Tartu_linnavalitsus, lk 28
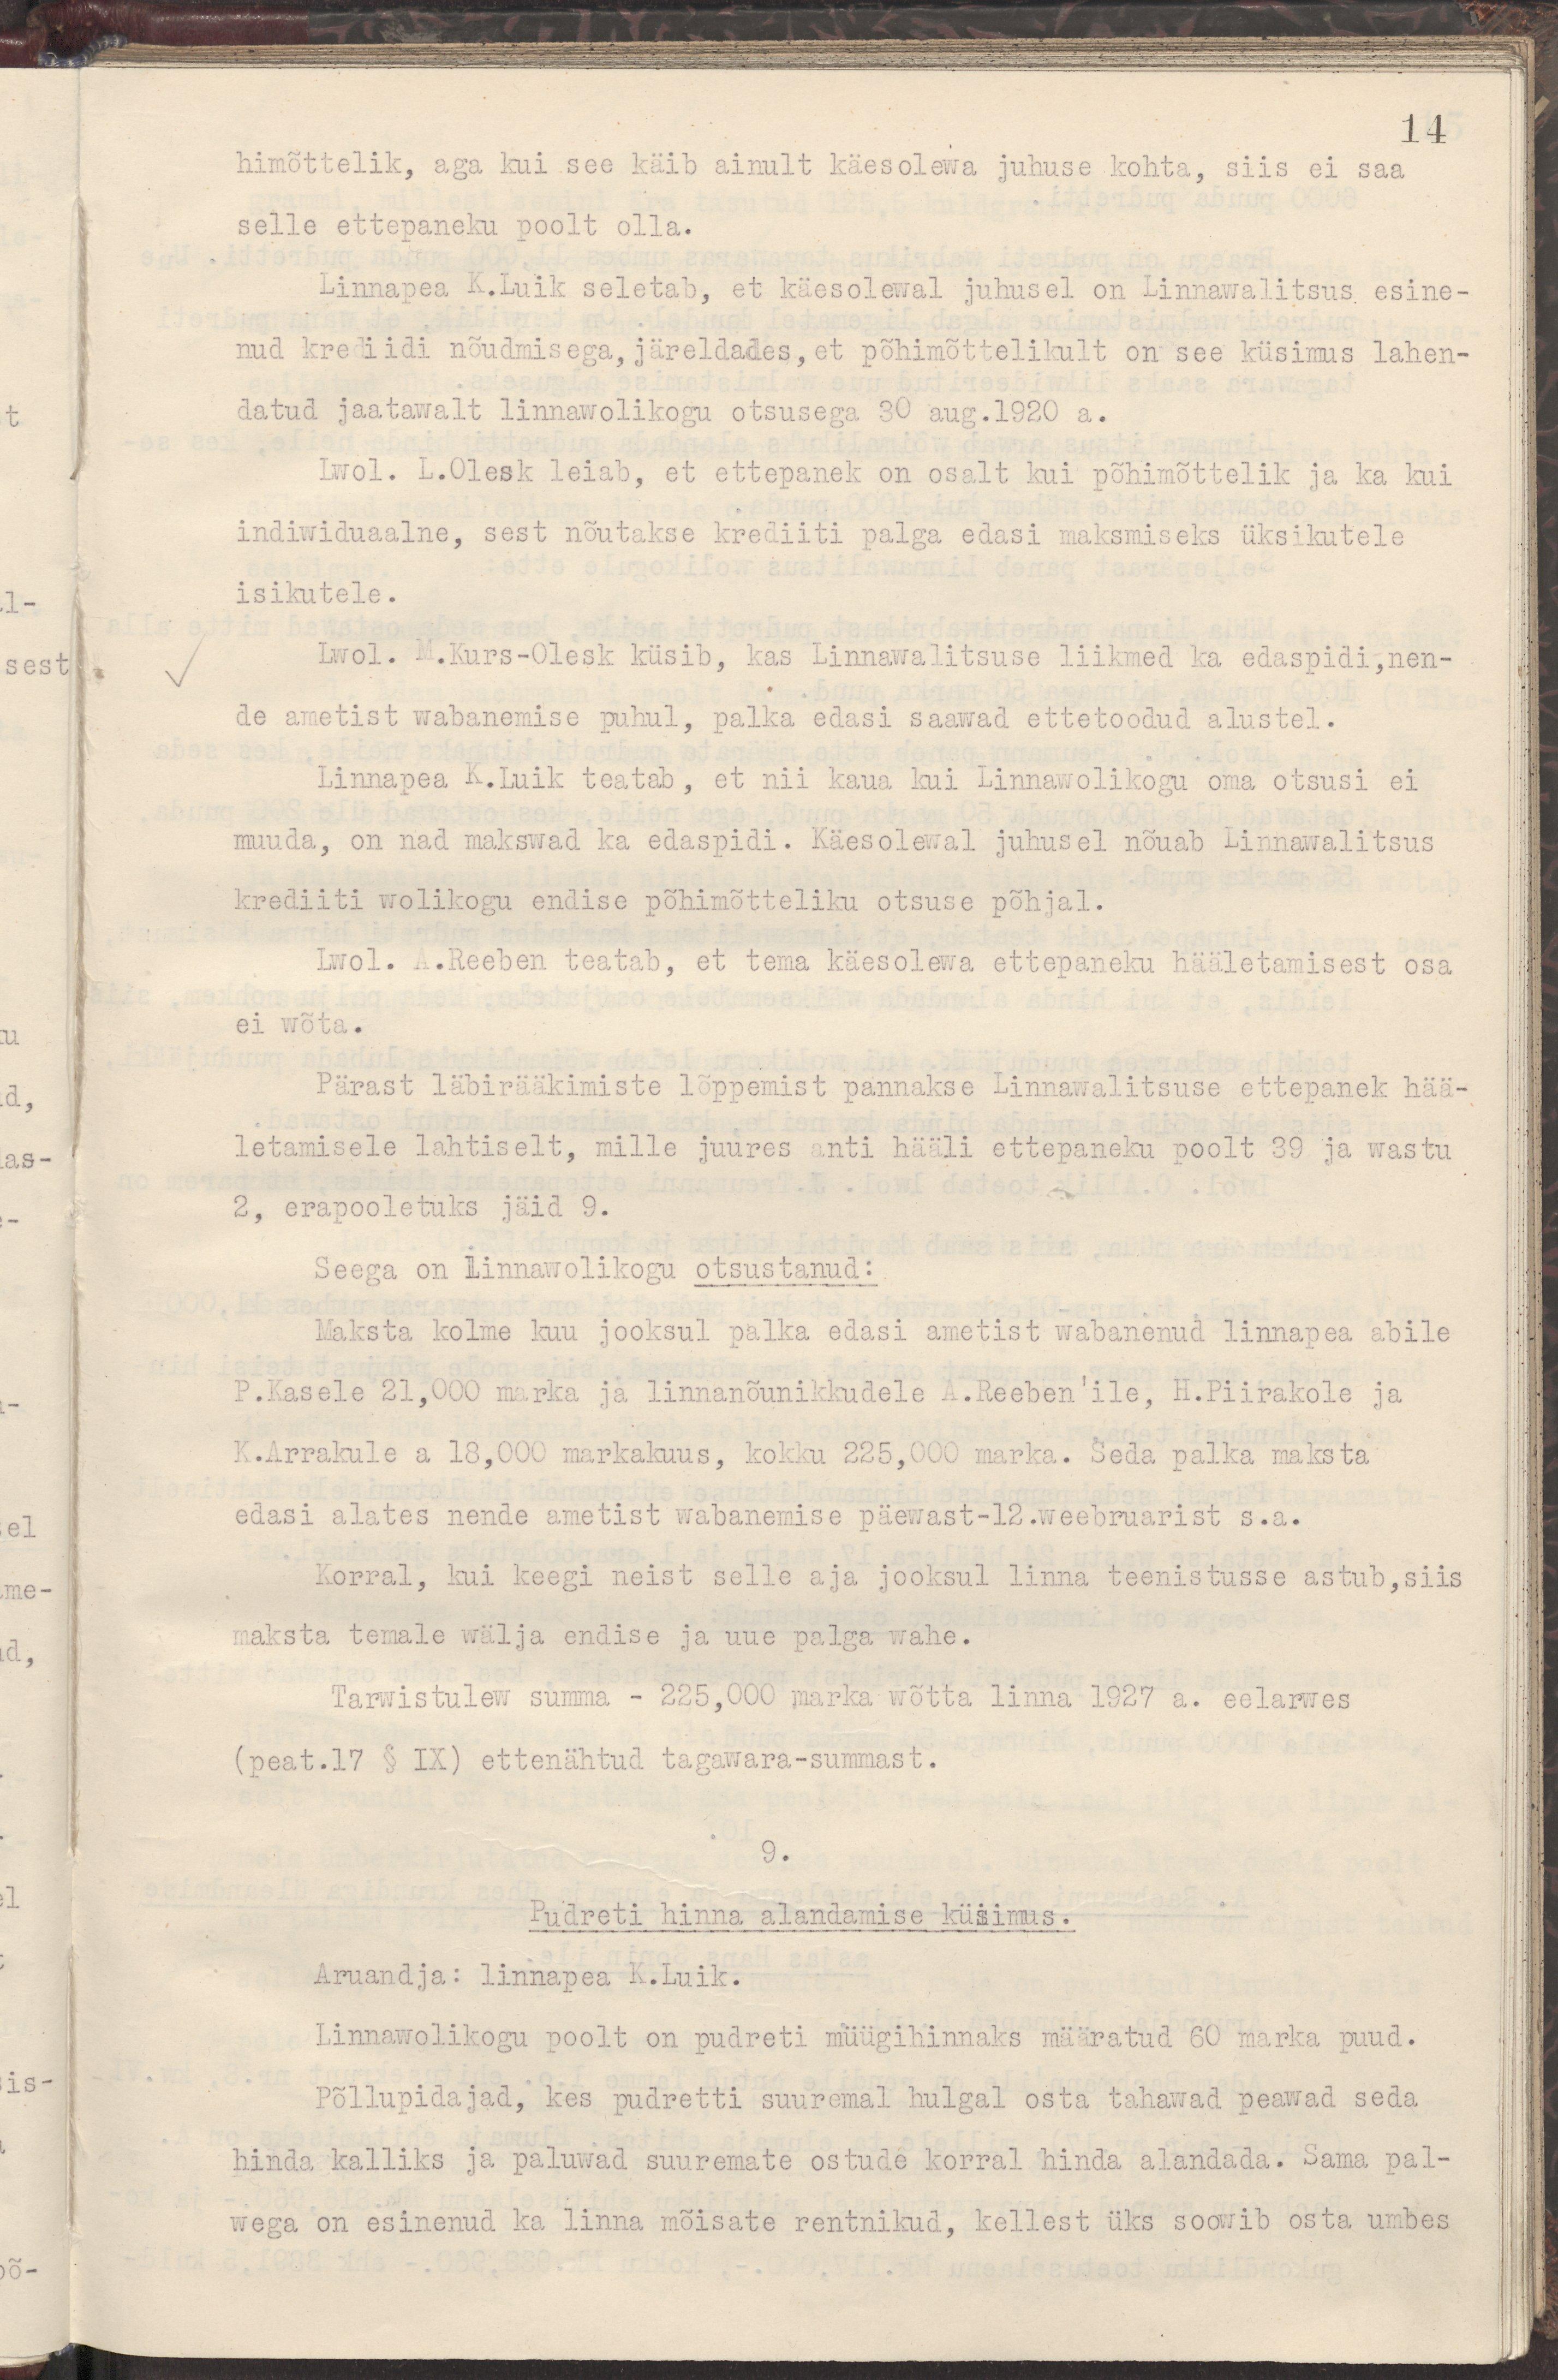
14
himõttelik, aga kui see käib ainult käesolewa juhuse kohta, siis ei saa
selle ettepaneku poolt olla.
Linnapea K.Luik seletab, et käesolewal juhusel on Linnawalitsus esine-
nud krediidi nõudmisega, järeldades, et põhimõttelikult on see küsimus lahen-
datud jaatawalt Linnawolikogu otsusega 30 aug.1920 a.
Lwol. L.Olesk leiab, et ettepanek on osalt kui põhimõttelik ja ka kui
indiwiduaalne, sest nõutakse krediiti palga edasi maksmiseks üksikutele
isikutele.
Lwol. M.Kurs-Olesk küsib, kas Linnawalitsuse liikmed ka edaspidi,nen-
de ametist wabanemise puhul, palka edasi saawad ettetoodud alustel.
Linnapea K.Luik teatab, et nii kaua kui Linnawolikogu oma otsusi ei
muuda, on nad makswad ka edaspidi. Käesolewal juhusel nõuab Linnawalitsus
krediiti wolikogu endise põhimõtteliku otsuse põhjal.
Lwol. A.Reeben teatab, et tema käesolewa ettepaneku hääletamisest osa
ei wõta.
Pärast läbirääkimiste lõppemist pannakse Linnawalitsuse ettepanek hää-
letamisele lahtiselt, mille juures anti hääli ettepaneku poolt 39 ja wastu
2, erapooletuks jäid 9.
Seega on Linnawolikogu otsustanud: 
Maksta kolme kuu jooksul palka edasi ametist wabanenud linnapea abile
P.Kasele 21,000 marka ja linnanõunikkudele A.Reeben'ile, H.Piirakole ja
K.Arrakule a 18,000 markakuus, kokku 225,000 marka. Seda palka maksta
edasi alates nende ametist wabanemise päewast-12.weebruarist s.a.
Korral, kui keegi neist selle aja jooksul linna teenistusse astub,siis
maksta temale wälja endise ja uue palga wahe.
Tarwistulew summa - 225,000 marka wõtta linna 1927 a. eelarwes
(peat.17 § IX) ettenähtud tagawara-summast.
9.
Pudreti hinna alandamise küsimus.
Aruandja: linnapea K.Luik.
Linnawolikogu poolt on pudreti müügihinnaks määratud 60 marka puud.
Põllupidajad, kes pudretti suuremal hulgal osta tahawad peawad seda
hinda kalliks ja paluwad suuremate ostude korral hinda alandada. Sama pal-          
wega on esinenud ka linna mõisate rentnikud, kellest üks soowib osta umbes